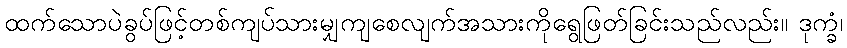
ထက်သောပဲခွပ်ဖြင့်တစ်ကျပ်သားမျှကျစေလျက်အသားကိုရွေဖြတ်ခြင်းသည်လည်း။ ဒုက္ခံ၊